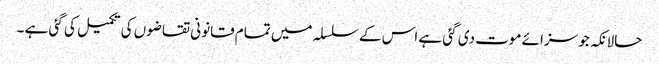
حالانکہ جو سزائے موت دی گئی ہے اس کے سلسلہ میں تمام قانونی تقاضوں کی تکمیل کی گئی ہے ۔